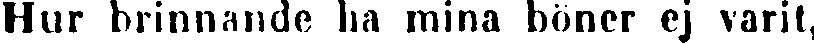
Hur brinnande ha mina böner ej varit,